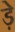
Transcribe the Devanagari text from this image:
ड़े